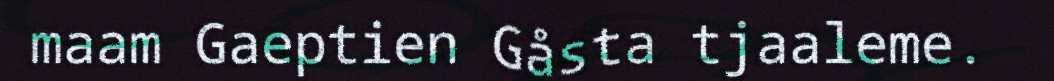
maam Gaeptien Gåsta tjaaleme.